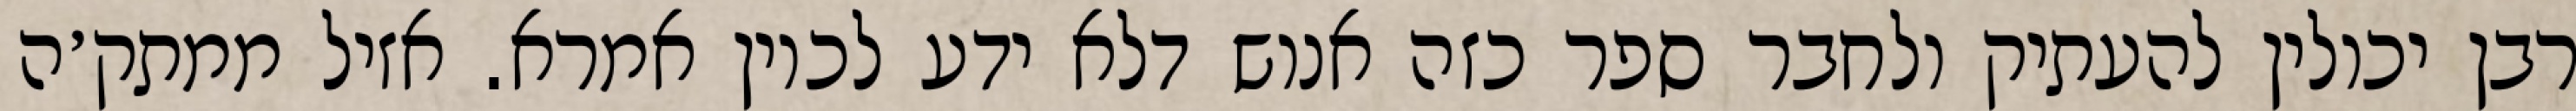
רבן יכולין להעתיק ולחבר ספר כזה אנוש דלא ידע לכוין אמרא. אזיל ממתק׳ה